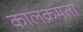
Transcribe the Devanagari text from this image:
कालक्रमता